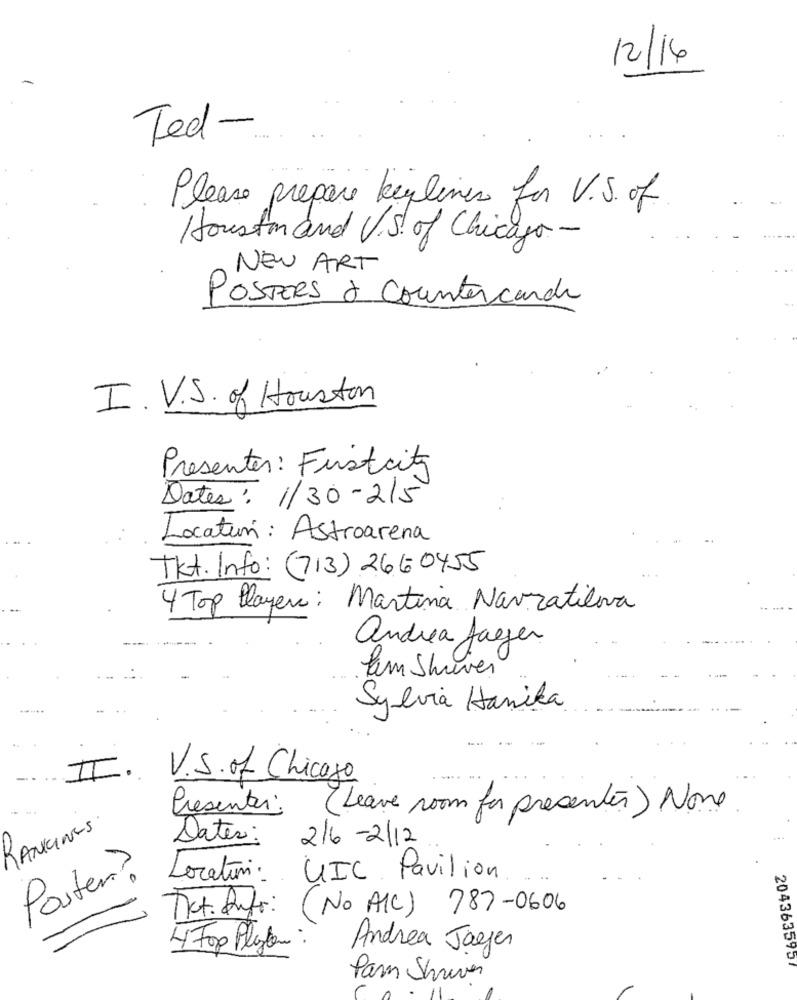
12/14
Ted -.
Please prepare leylines for V.S. of
Houston and V.S. of Chicago-
NEW ART
POSTERS à Countercards
I.V.S. of Houston
Presentes: Firstcity
Dates: 1/30-215
Location: Astroarena
Tkt. Info: (713) 2660455
4 Top Player : Martina Navratilova
andrea Jagger
Pem Shiver
Sylvia Hanika
II. V.S. of Chicago
Presentes:
(Leave room for presentes) None
RANKINGS
2/6-2/12
Dates:
Poster?
Location:
UIC Pavilion
That. Autor:
(No AIC) 787-0606
4 For Phyten :
Andrea Jaeger
2043635957
Pam Shriver